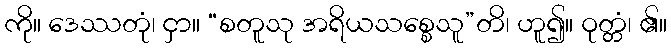
ကို။ ဒေဿတုံ၊ ငှာ။ “စတူသု အရိယသစ္စေသူ”တိ၊ ဟူ၍။ ဝုတ္တံ၊ ၏။